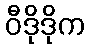
ဝီဒိုဒိုက